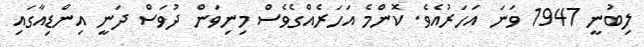
ލިބުނީ 1947 ވަނަ އަހަރުއެވެ. ކޮންމެ އަހަރެއްގެވެސް މިނިވަން ދުވަސް ދަނީ އިންޑިއާގައި